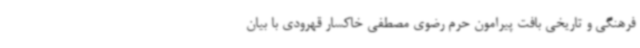
فرهنگی و تاریخی بافت پیرامون حرم رضوی مصطفی خاکسار قهرودی با بیان